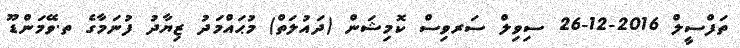
ތަފްސީލް 2016-12-26 ސިވިލް ސަރވިސް ކޮމިޝަން (ދައުލަތް) މުޙައްމަދު ޒިޔާދު ފުނަމާގެ ތ.ވޭމަންޑޫ